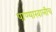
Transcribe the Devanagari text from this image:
पाण्याखालीच